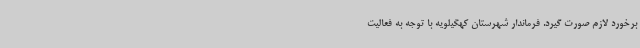
برخورد لازم صورت گیرد. فرماندار شهرستان کهگیلویه با توجه به فعالیت